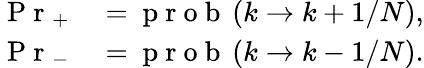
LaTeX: \begin{array}{rl}{\mathrm{~P~r~}_{+}}&{{}=\mathrm{~p~r~o~b~}\left(k\rightarrow k+1/N\right),}\\ {\mathrm{~P~r~}_{-}}&{{}=\mathrm{~p~r~o~b~}\left(k\rightarrow k-1/N\right).}\end{array}